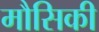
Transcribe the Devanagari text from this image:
मौसिकी